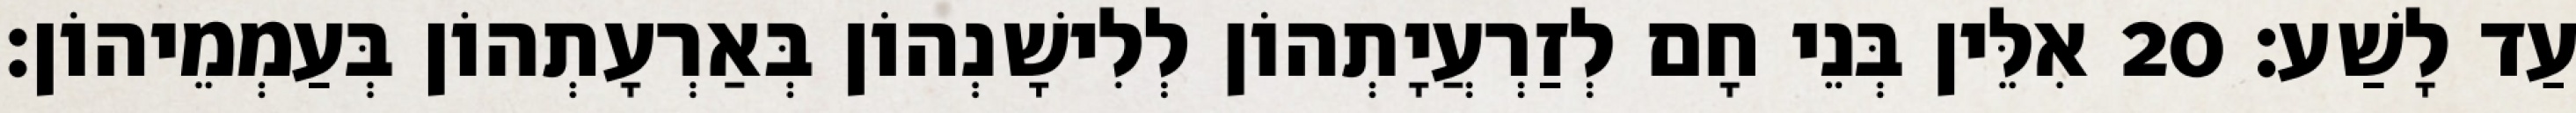
עַד לָשַׁע׃ 20 אִלֵּין בְּנֵי חָם לְזַרְעֲיָתְהוֹן לְלִישָׁנְהוֹן בְּאַרְעָתְהוֹן בְּעַמְמֵיהוֹן׃